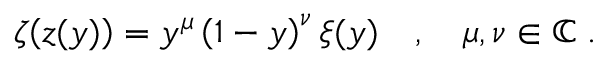
\zeta \! \left( z ( y ) \right) = y ^ { \mu } \left( 1 - y \right) ^ { \nu } \xi ( y ) \quad , \quad \mu , \nu \in \mathbb { C } \; .